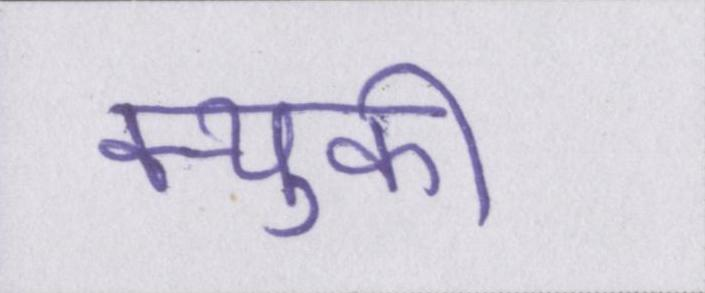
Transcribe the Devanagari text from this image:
क्युकी